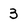
Character: 3